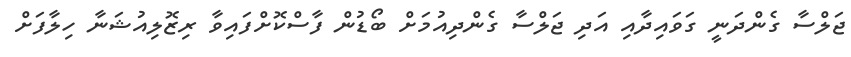
ޖަލްސާ ގެންދަނީ ގަވައިދާއި އަދި ޖަލްސާ ގެންދިއުމަށް ބޯޑުން ފާސްކޮށްފައިވާ ރިޒޮލިއުޝަނާ ހިލާފަށް